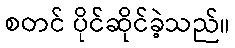
စတင် ပိုင်ဆိုင်ခဲ့သည်။